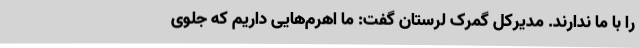
را با ما ندارند. مدیرکل گمرک لرستان گفت: ما اهرم‌هایی داریم که جلوی